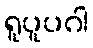
ရူပူပဂါ